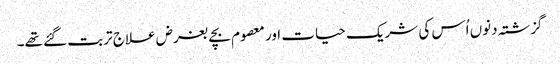
گزشتہ دنوں اُس کی شریک حیات اور معصوم بچے بغرض علاج تربت گئے تھے۔